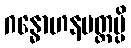
ဂန္ဓောဟနမတ္တမ္ပိ